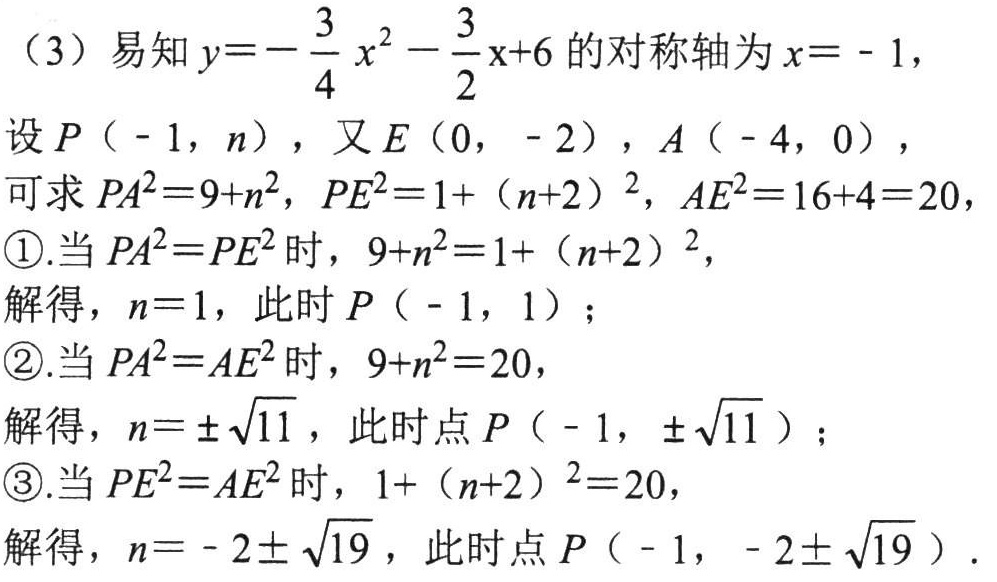
（3）易知 \(y =-\frac{3}{4}x^{2}-\frac{3}{2}x + 6\) 的对称轴为 \(x=-1\)，
设 \(P(-1,n)\)，又 \(E(0,-2)\)，\(A(-4,0)\)，
可求 \(PA^{2}=9 + n^{2}\)，\(PE^{2}=1+(n + 2)^{2}\)，\(AE^{2}=16 + 4 = 20\)，
\textcircled{1}.当 \(PA^{2}=PE^{2}\) 时，\(9 + n^{2}=1+(n + 2)^{2}\)，
解得，\(n = 1\)，此时 \(P(-1,1)\)；
\textcircled{2}.当 \(PA^{2}=AE^{2}\) 时，\(9 + n^{2}=20\)，
解得，\(n=\pm\sqrt{11}\)，此时点 \(P(-1,\pm\sqrt{11})\)；
\textcircled{3}.当 \(PE^{2}=AE^{2}\) 时，\(1+(n + 2)^{2}=20\)，
解得，\(n=-2\pm\sqrt{19}\)，此时点 \(P(-1,-2\pm\sqrt{19})\).